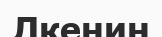
Лкенин